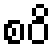
စဝိ